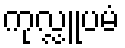
ကုလ္လူပမံ